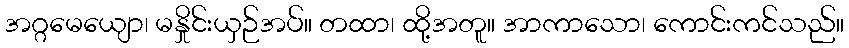
အဂ္ဂမေယျော၊ မနှိုင်းယှဉ်အပ်။ တထာ၊ ထို့အတူ။ အာကာသော၊ ကောင်းကင်သည်။